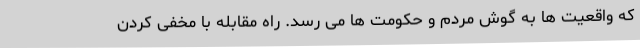
که واقعیت ها به گوش مردم و حکومت ها می رسد. راه مقابله با مخفی کردن